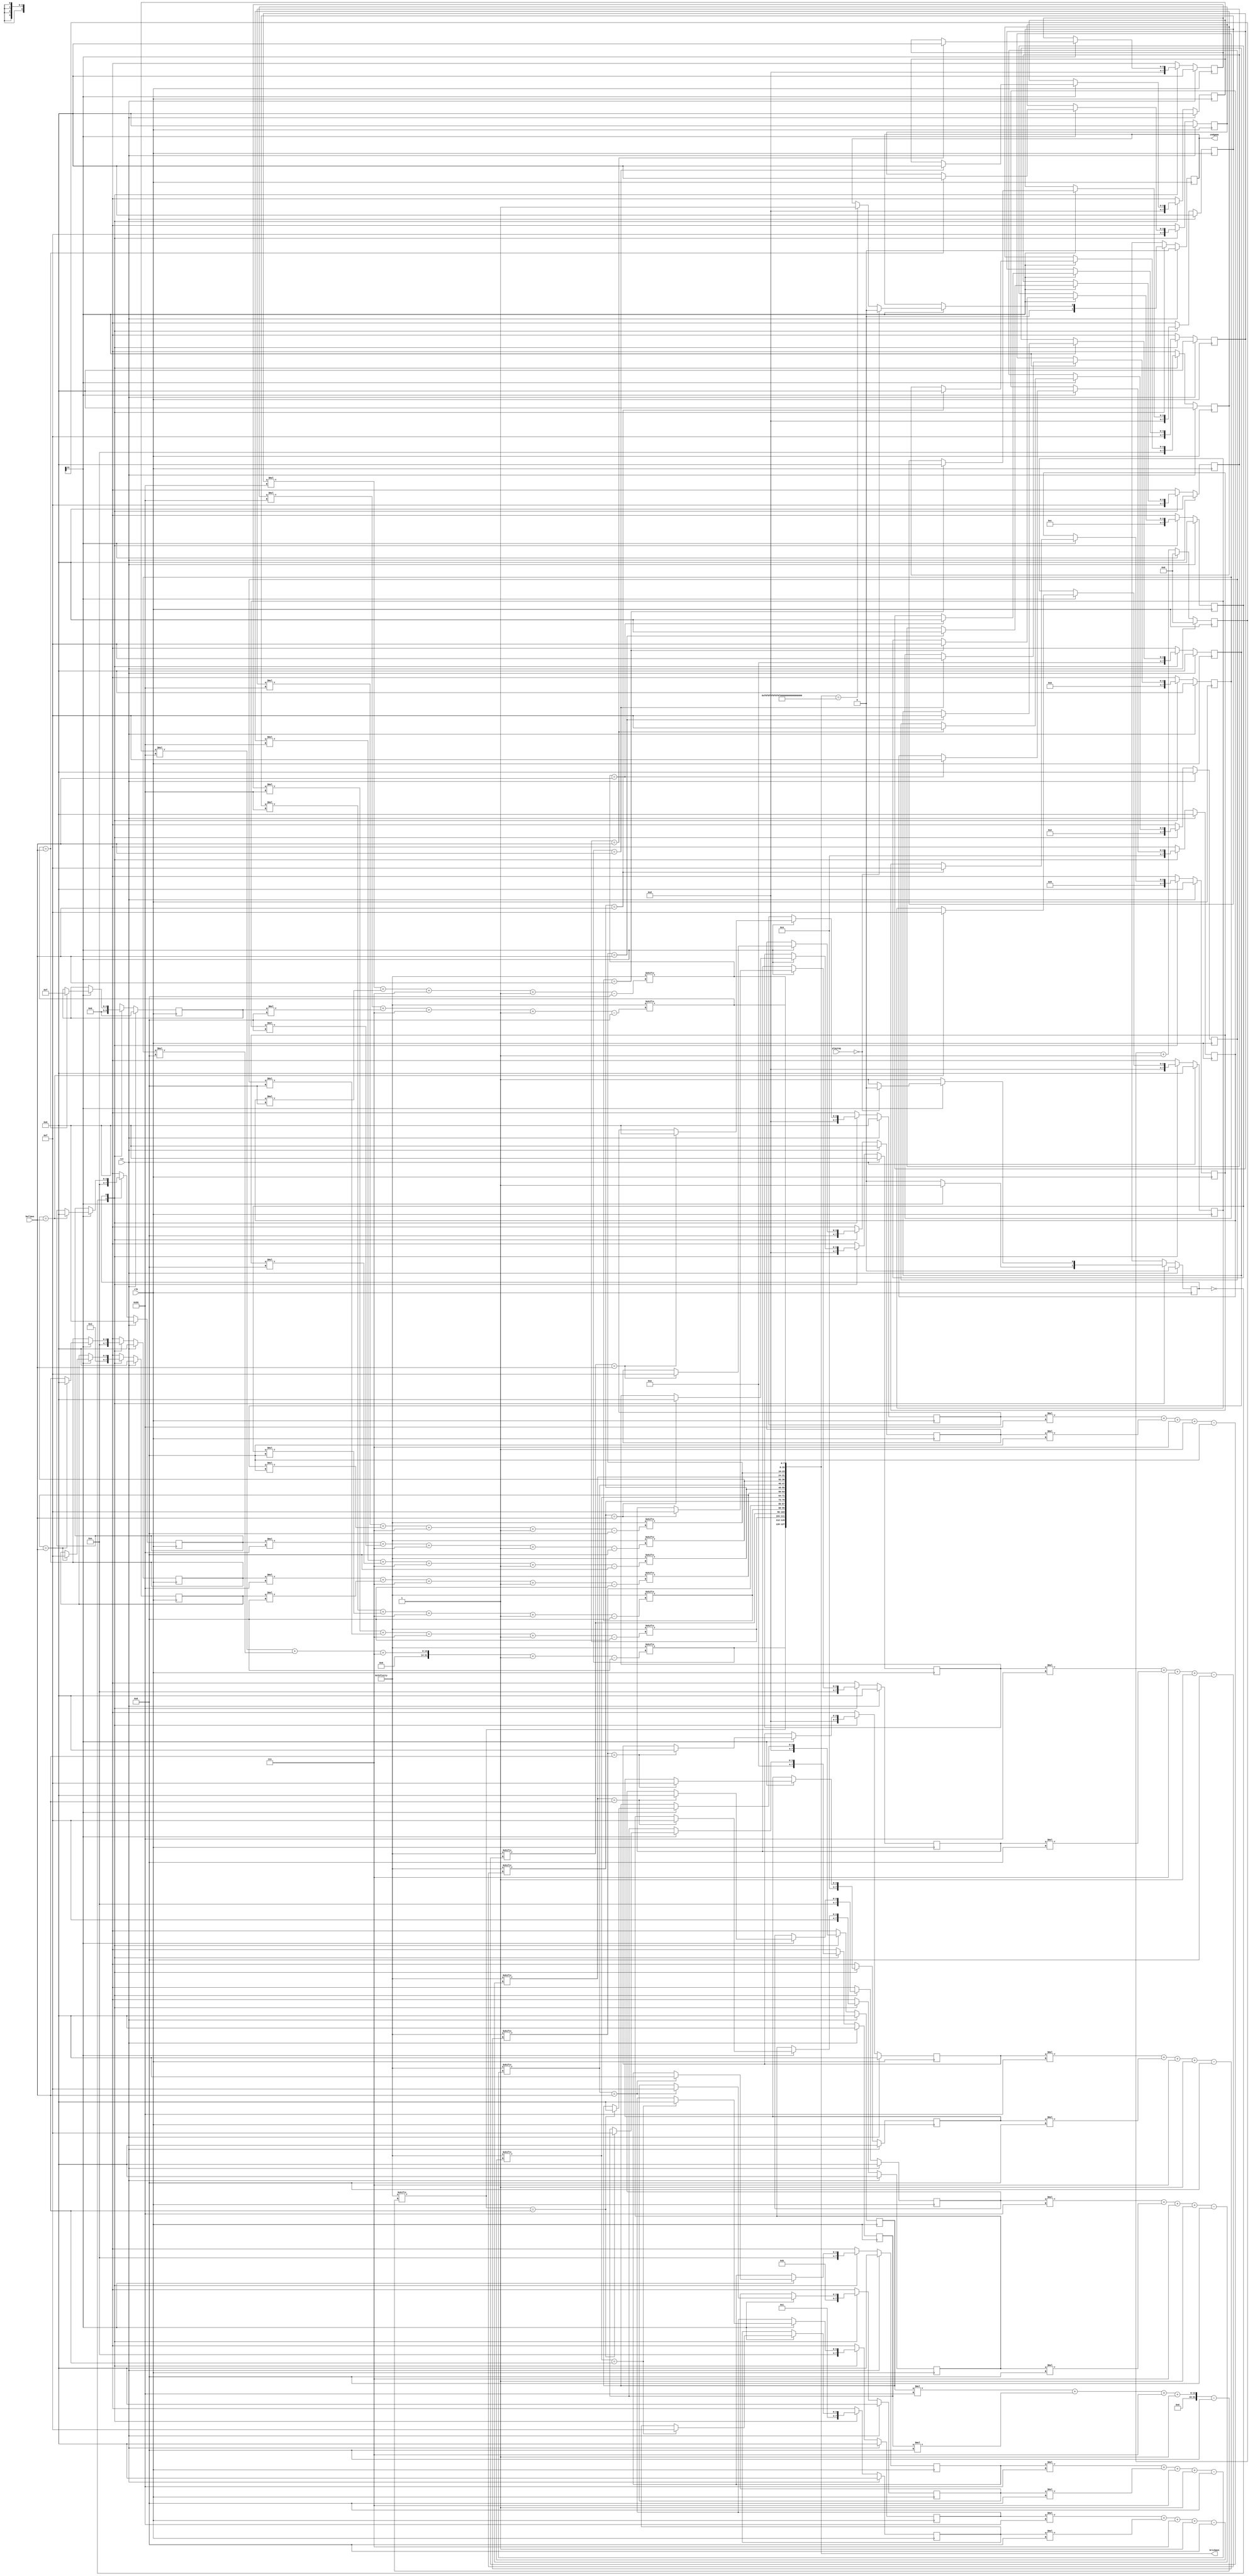
/*
   This file was generated automatically by the Mojo IDE version B1.3.6.
   Do not edit this file directly. Instead edit the original Lucid source.
   This is a temporary file and any changes made to it will be destroyed.
*/

module brickgen_4 (
    input clk,
    input rst,
    output reg [127:0] brickpos,
    input [7:0] ballpos,
    input [1:0] playing,
    output reg endgame
  );
  
  
  
  reg [127:0] bricks;
  
  reg [2047:0] array;
  
  reg [21:0] M_counter_d, M_counter_q = 1'h0;
  reg [4:0] M_bone_d, M_bone_q = 1'h0;
  reg [3:0] M_btwo_d, M_btwo_q = 1'h0;
  reg [3:0] M_bthree_d, M_bthree_q = 1'h0;
  reg [3:0] M_bfour_d, M_bfour_q = 1'h0;
  reg [3:0] M_bfive_d, M_bfive_q = 1'h0;
  reg [3:0] M_bsix_d, M_bsix_q = 1'h0;
  reg [3:0] M_bseven_d, M_bseven_q = 1'h0;
  reg [3:0] M_beight_d, M_beight_q = 1'h0;
  reg [3:0] M_bnine_d, M_bnine_q = 1'h0;
  reg [3:0] M_bten_d, M_bten_q = 1'h0;
  reg [3:0] M_beleven_d, M_beleven_q = 1'h0;
  reg [3:0] M_btwelve_d, M_btwelve_q = 1'h0;
  reg [3:0] M_bthirteen_d, M_bthirteen_q = 1'h0;
  reg [3:0] M_bfourteen_d, M_bfourteen_q = 1'h0;
  reg [3:0] M_bfifthteen_d, M_bfifthteen_q = 1'h0;
  reg [3:0] M_bsixteen_d, M_bsixteen_q = 1'h0;
  reg [3:0] M_byone_d, M_byone_q = 1'h0;
  reg [3:0] M_bytwo_d, M_bytwo_q = 1'h0;
  reg [3:0] M_bythree_d, M_bythree_q = 1'h0;
  reg [3:0] M_byfour_d, M_byfour_q = 1'h0;
  reg [3:0] M_byfive_d, M_byfive_q = 1'h0;
  reg [3:0] M_bysix_d, M_bysix_q = 1'h0;
  reg [3:0] M_byseven_d, M_byseven_q = 1'h0;
  reg [3:0] M_byeight_d, M_byeight_q = 1'h0;
  reg [3:0] M_bynine_d, M_bynine_q = 1'h0;
  reg [3:0] M_byten_d, M_byten_q = 1'h0;
  reg [3:0] M_byeleven_d, M_byeleven_q = 1'h0;
  reg [3:0] M_bytwelve_d, M_bytwelve_q = 1'h0;
  reg [3:0] M_bythirteen_d, M_bythirteen_q = 1'h0;
  reg [3:0] M_byfourteen_d, M_byfourteen_q = 1'h0;
  reg [3:0] M_byfifthteen_d, M_byfifthteen_q = 1'h0;
  reg [3:0] M_bysixteen_d, M_bysixteen_q = 1'h0;
  reg M_end_d, M_end_q = 1'h0;
  localparam GAMESTART_state = 1'd0;
  localparam MINUSBRICK_state = 1'd1;
  
  reg M_state_d, M_state_q = GAMESTART_state;
  
  always @* begin
    M_state_d = M_state_q;
    M_bfourteen_d = M_bfourteen_q;
    M_bthirteen_d = M_bthirteen_q;
    M_byfour_d = M_byfour_q;
    M_bthree_d = M_bthree_q;
    M_byseven_d = M_byseven_q;
    M_bfifthteen_d = M_bfifthteen_q;
    M_bythirteen_d = M_bythirteen_q;
    M_bsix_d = M_bsix_q;
    M_byten_d = M_byten_q;
    M_btwo_d = M_btwo_q;
    M_btwelve_d = M_btwelve_q;
    M_bysixteen_d = M_bysixteen_q;
    M_bone_d = M_bone_q;
    M_bytwo_d = M_bytwo_q;
    M_byfifthteen_d = M_byfifthteen_q;
    M_bnine_d = M_bnine_q;
    M_end_d = M_end_q;
    M_bsixteen_d = M_bsixteen_q;
    M_beight_d = M_beight_q;
    M_beleven_d = M_beleven_q;
    M_bseven_d = M_bseven_q;
    M_bynine_d = M_bynine_q;
    M_counter_d = M_counter_q;
    M_bytwelve_d = M_bytwelve_q;
    M_byfourteen_d = M_byfourteen_q;
    M_bten_d = M_bten_q;
    M_bysix_d = M_bysix_q;
    M_byeight_d = M_byeight_q;
    M_bythree_d = M_bythree_q;
    M_bfive_d = M_bfive_q;
    M_byone_d = M_byone_q;
    M_bfour_d = M_bfour_q;
    M_byeleven_d = M_byeleven_q;
    M_byfive_d = M_byfive_q;
    
    endgame = M_end_q;
    array[0+127-:128] = 128'h0f0e0d0c0b0a09080706050403020100;
    array[128+127-:128] = 128'h101112131415161718191a1b1c1d1e1f;
    array[256+127-:128] = 128'h2f2e2d2c2b2a29282726252423222120;
    array[384+127-:128] = 128'h303132333435363738393a3b3c3d3e3f;
    array[512+127-:128] = 128'h4f4e4d4c4b4a49484746454443424140;
    array[640+127-:128] = 128'h505152535455565758595a5b5c5d5e5f;
    array[768+127-:128] = 128'h6f6e6d6c6b6a69686766656463626160;
    array[896+127-:128] = 128'h707172737475767778797a7b7c7d7e7f;
    array[1024+127-:128] = 128'h8f8e8d8c8b8a89888786858483828180;
    array[1152+127-:128] = 128'h909192939495969798999a9b9c9d9e9f;
    array[1280+127-:128] = 128'hafaeadacabaaa9a8a7a6a5a4a3a2a1a0;
    array[1408+127-:128] = 128'hb0b1b2b3b4b5b6b7b8b9babbbcbdbebf;
    array[1536+127-:128] = 128'hcfcecdcccbcac9c8c7c6c5c4c3c2c1c0;
    array[1664+127-:128] = 128'hd0d1d2d3d4d5d6d7d8d9dadbdcdddedf;
    array[1792+127-:128] = 128'hefeeedecebeae9e8e7e6e5e4e3e2e1e0;
    array[1920+127-:128] = 128'hf0f1f2f3f4f5f6f7f8f9fafbfcfdfeff;
    bricks[0+7-:8] = array[(M_byone_q)*128+(M_bone_q)*8+7-:8];
    bricks[8+7-:8] = array[(M_bytwo_q)*128+(M_btwo_q)*8+7-:8];
    bricks[16+7-:8] = array[(M_bythree_q)*128+(M_bthree_q)*8+7-:8];
    bricks[24+7-:8] = array[(M_byfour_q)*128+(M_bfour_q)*8+7-:8];
    bricks[32+7-:8] = array[(M_byfive_q)*128+(M_bfive_q)*8+7-:8];
    bricks[40+7-:8] = array[(M_bysix_q)*128+(M_bsix_q)*8+7-:8];
    bricks[48+7-:8] = array[(M_byseven_q)*128+(M_bseven_q)*8+7-:8];
    bricks[56+7-:8] = array[(M_byeight_q)*128+(M_beight_q)*8+7-:8];
    bricks[64+7-:8] = array[(M_bynine_q)*128+(M_bnine_q)*8+7-:8];
    bricks[72+7-:8] = array[(M_byten_q)*128+(M_bten_q)*8+7-:8];
    bricks[80+7-:8] = array[(M_byeleven_q)*128+(M_beleven_q)*8+7-:8];
    bricks[88+7-:8] = array[(M_bytwelve_q)*128+(M_btwelve_q)*8+7-:8];
    bricks[96+7-:8] = array[(M_bythirteen_q)*128+(M_bthirteen_q)*8+7-:8];
    bricks[104+7-:8] = array[(M_byfourteen_q)*128+(M_bfourteen_q)*8+7-:8];
    bricks[112+7-:8] = array[(M_byfifthteen_q)*128+(M_bfifthteen_q)*8+7-:8];
    bricks[120+7-:8] = array[(M_bysixteen_q)*128+(M_bsixteen_q)*8+7-:8];
    
    case (M_state_q)
      GAMESTART_state: begin
        M_end_d = 1'h0;
        M_counter_d = M_counter_q + 1'h1;
        bricks[0+7-:8] = array[(M_byone_q)*128+(M_bone_q)*8+7-:8];
        bricks[8+7-:8] = array[(M_bytwo_q)*128+(M_btwo_q)*8+7-:8];
        bricks[16+7-:8] = array[(M_bythree_q)*128+(M_bthree_q)*8+7-:8];
        bricks[24+7-:8] = array[(M_byfour_q)*128+(M_bfour_q)*8+7-:8];
        bricks[32+7-:8] = array[(M_byfive_q)*128+(M_bfive_q)*8+7-:8];
        bricks[40+7-:8] = array[(M_bysix_q)*128+(M_bsix_q)*8+7-:8];
        bricks[48+7-:8] = array[(M_byseven_q)*128+(M_bseven_q)*8+7-:8];
        bricks[56+7-:8] = array[(M_byeight_q)*128+(M_beight_q)*8+7-:8];
        bricks[64+7-:8] = array[(M_bynine_q)*128+(M_bnine_q)*8+7-:8];
        bricks[72+7-:8] = array[(M_byten_q)*128+(M_bten_q)*8+7-:8];
        bricks[80+7-:8] = array[(M_byeleven_q)*128+(M_beleven_q)*8+7-:8];
        bricks[88+7-:8] = array[(M_bytwelve_q)*128+(M_btwelve_q)*8+7-:8];
        bricks[96+7-:8] = array[(M_bythirteen_q)*128+(M_bthirteen_q)*8+7-:8];
        bricks[104+7-:8] = array[(M_byfourteen_q)*128+(M_bfourteen_q)*8+7-:8];
        bricks[112+7-:8] = array[(M_byfifthteen_q)*128+(M_bfifthteen_q)*8+7-:8];
        bricks[120+7-:8] = array[(M_bysixteen_q)*128+(M_bsixteen_q)*8+7-:8];
        M_bone_d = 1'h0;
        M_btwo_d = 3'h4;
        M_bthree_d = 4'ha;
        M_bfour_d = 4'hf;
        M_bfive_d = 4'hd;
        M_bsix_d = 4'hb;
        M_bseven_d = 4'h9;
        M_beight_d = 2'h3;
        M_bnine_d = 1'h1;
        M_bten_d = 4'he;
        M_beleven_d = 3'h4;
        M_btwelve_d = 4'hc;
        M_bthirteen_d = 4'h8;
        M_bfourteen_d = 2'h2;
        M_bfifthteen_d = 4'ha;
        M_bsixteen_d = 3'h6;
        M_byone_d = 4'hf;
        M_bytwo_d = 4'hf;
        M_bythree_d = 4'hf;
        M_byfour_d = 4'he;
        M_byfive_d = 4'he;
        M_bysix_d = 4'he;
        M_byseven_d = 4'he;
        M_byeight_d = 4'he;
        M_bynine_d = 4'he;
        M_byten_d = 4'hd;
        M_byeleven_d = 4'hd;
        M_bytwelve_d = 4'hd;
        M_bythirteen_d = 4'hd;
        M_byfourteen_d = 4'hd;
        M_byfifthteen_d = 4'hd;
        M_bysixteen_d = 4'hd;
        if (M_counter_q[21+0-:1] == 1'h1) begin
          M_counter_d = 1'h0;
          M_state_d = MINUSBRICK_state;
        end
      end
      MINUSBRICK_state: begin
        M_counter_d = M_counter_q + 1'h1;
        if (M_counter_q[21+0-:1] == 1'h1) begin
          if (bricks[0+7-:8] == ballpos) begin
            M_byone_d = 8'h00;
            M_bone_d = 8'h0f;
            M_counter_d = 1'h0;
            M_state_d = MINUSBRICK_state;
          end
          if (bricks[8+7-:8] == ballpos) begin
            M_bytwo_d = 8'h00;
            M_btwo_d = 8'h0f;
            M_counter_d = 1'h0;
            M_state_d = MINUSBRICK_state;
          end
          if (bricks[16+7-:8] == ballpos) begin
            M_bythree_d = 8'h00;
            M_bthree_d = 8'h0f;
            M_counter_d = 1'h0;
            M_state_d = MINUSBRICK_state;
          end
          if (bricks[24+7-:8] == ballpos) begin
            M_byfour_d = 8'h00;
            M_bfour_d = 8'h0f;
            M_counter_d = 1'h0;
            M_state_d = MINUSBRICK_state;
          end
          if (bricks[32+7-:8] == ballpos) begin
            M_byfive_d = 8'h00;
            M_bfive_d = 8'h0f;
            M_counter_d = 1'h0;
            M_state_d = MINUSBRICK_state;
          end
          if (bricks[40+7-:8] == ballpos) begin
            M_bysix_d = 8'h00;
            M_bsix_d = 8'h0f;
            M_counter_d = 1'h0;
            M_state_d = MINUSBRICK_state;
          end
          if (bricks[48+7-:8] == ballpos) begin
            M_byseven_d = 8'h00;
            M_bseven_d = 8'h0f;
            M_counter_d = 1'h0;
            M_state_d = MINUSBRICK_state;
          end
          if (bricks[56+7-:8] == ballpos) begin
            M_byeight_d = 8'h00;
            M_beight_d = 8'h0f;
            M_counter_d = 1'h0;
            M_state_d = MINUSBRICK_state;
          end
          if (bricks[64+7-:8] == ballpos) begin
            M_bynine_d = 8'h00;
            M_bnine_d = 8'h0f;
            M_counter_d = 1'h0;
            M_state_d = MINUSBRICK_state;
          end
          if (bricks[72+7-:8] == ballpos) begin
            M_byten_d = 8'h00;
            M_bten_d = 8'h0f;
            M_counter_d = 1'h0;
            M_state_d = MINUSBRICK_state;
          end
          if (bricks[80+7-:8] == ballpos) begin
            M_byeleven_d = 8'h00;
            M_beleven_d = 8'h0f;
            M_counter_d = 1'h0;
            M_state_d = MINUSBRICK_state;
          end
          if (bricks[88+7-:8] == ballpos) begin
            M_bytwelve_d = 8'h00;
            M_btwelve_d = 8'h0f;
            M_counter_d = 1'h0;
            M_state_d = MINUSBRICK_state;
          end
          if (bricks[96+7-:8] == ballpos) begin
            M_bythirteen_d = 8'h00;
            M_bthirteen_d = 8'h0f;
            M_counter_d = 1'h0;
            M_state_d = MINUSBRICK_state;
          end
          if (bricks[104+7-:8] == ballpos) begin
            M_byfourteen_d = 8'h00;
            M_bfourteen_d = 8'h0f;
            M_counter_d = 1'h0;
            M_state_d = MINUSBRICK_state;
          end
          if (bricks[112+7-:8] == ballpos) begin
            M_byfifthteen_d = 8'h00;
            M_bfifthteen_d = 8'h0f;
            M_counter_d = 1'h0;
            M_state_d = MINUSBRICK_state;
          end
          if (bricks[120+7-:8] == ballpos) begin
            M_bysixteen_d = 8'h00;
            M_bsixteen_d = 8'h0f;
            M_counter_d = 1'h0;
            M_state_d = MINUSBRICK_state;
          end
          if (bricks == 128'h0f0f0f0f0f0f0f0f0f0f0f0f0f0f0f0f) begin
            M_counter_d = 1'h0;
            M_end_d = 1'h1;
          end
          if (playing == 2'h0) begin
            M_counter_d = 1'h0;
            M_end_d = 1'h0;
            M_state_d = GAMESTART_state;
          end
          M_counter_d = 1'h0;
        end
      end
    endcase
    brickpos = bricks;
    endgame = M_end_q;
  end
  
  always @(posedge clk) begin
    if (rst == 1'b1) begin
      M_counter_q <= 1'h0;
      M_bone_q <= 1'h0;
      M_btwo_q <= 1'h0;
      M_bthree_q <= 1'h0;
      M_bfour_q <= 1'h0;
      M_bfive_q <= 1'h0;
      M_bsix_q <= 1'h0;
      M_bseven_q <= 1'h0;
      M_beight_q <= 1'h0;
      M_bnine_q <= 1'h0;
      M_bten_q <= 1'h0;
      M_beleven_q <= 1'h0;
      M_btwelve_q <= 1'h0;
      M_bthirteen_q <= 1'h0;
      M_bfourteen_q <= 1'h0;
      M_bfifthteen_q <= 1'h0;
      M_bsixteen_q <= 1'h0;
      M_byone_q <= 1'h0;
      M_bytwo_q <= 1'h0;
      M_bythree_q <= 1'h0;
      M_byfour_q <= 1'h0;
      M_byfive_q <= 1'h0;
      M_bysix_q <= 1'h0;
      M_byseven_q <= 1'h0;
      M_byeight_q <= 1'h0;
      M_bynine_q <= 1'h0;
      M_byten_q <= 1'h0;
      M_byeleven_q <= 1'h0;
      M_bytwelve_q <= 1'h0;
      M_bythirteen_q <= 1'h0;
      M_byfourteen_q <= 1'h0;
      M_byfifthteen_q <= 1'h0;
      M_bysixteen_q <= 1'h0;
      M_end_q <= 1'h0;
      M_state_q <= 1'h0;
    end else begin
      M_counter_q <= M_counter_d;
      M_bone_q <= M_bone_d;
      M_btwo_q <= M_btwo_d;
      M_bthree_q <= M_bthree_d;
      M_bfour_q <= M_bfour_d;
      M_bfive_q <= M_bfive_d;
      M_bsix_q <= M_bsix_d;
      M_bseven_q <= M_bseven_d;
      M_beight_q <= M_beight_d;
      M_bnine_q <= M_bnine_d;
      M_bten_q <= M_bten_d;
      M_beleven_q <= M_beleven_d;
      M_btwelve_q <= M_btwelve_d;
      M_bthirteen_q <= M_bthirteen_d;
      M_bfourteen_q <= M_bfourteen_d;
      M_bfifthteen_q <= M_bfifthteen_d;
      M_bsixteen_q <= M_bsixteen_d;
      M_byone_q <= M_byone_d;
      M_bytwo_q <= M_bytwo_d;
      M_bythree_q <= M_bythree_d;
      M_byfour_q <= M_byfour_d;
      M_byfive_q <= M_byfive_d;
      M_bysix_q <= M_bysix_d;
      M_byseven_q <= M_byseven_d;
      M_byeight_q <= M_byeight_d;
      M_bynine_q <= M_bynine_d;
      M_byten_q <= M_byten_d;
      M_byeleven_q <= M_byeleven_d;
      M_bytwelve_q <= M_bytwelve_d;
      M_bythirteen_q <= M_bythirteen_d;
      M_byfourteen_q <= M_byfourteen_d;
      M_byfifthteen_q <= M_byfifthteen_d;
      M_bysixteen_q <= M_bysixteen_d;
      M_end_q <= M_end_d;
      M_state_q <= M_state_d;
    end
  end
  
endmodule